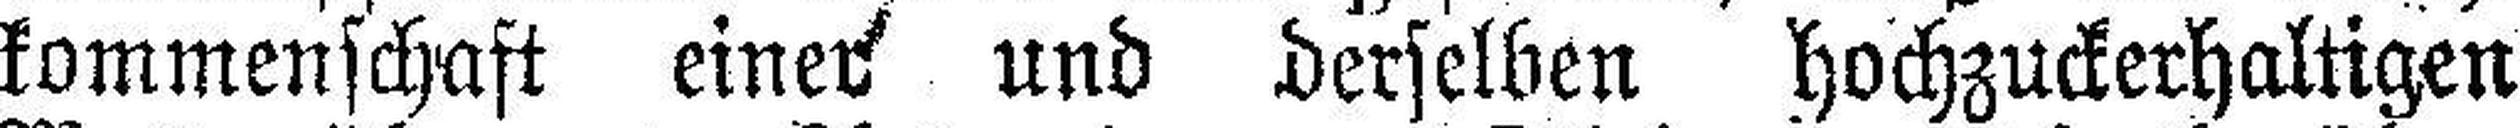
kommenschaft einer und derselben hochzuckerhtigen